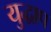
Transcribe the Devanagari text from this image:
युद्धाप